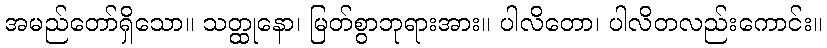
အမည်တော်ရှိသော။ သတ္ထုနော၊ မြတ်စွာဘုရားအား။ ပါလိတော၊ ပါလိတလည်းကောင်း။